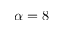
\alpha = 8